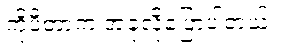
ကိုပီတာက အခုလိုပြောပါတယ်။